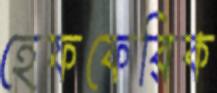
হেফফেরিক